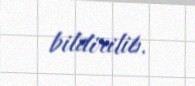
bildirilib.